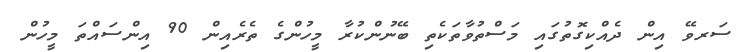
ސަރވޭ އިން ދެއްކިގޮތުގައި މަސްތުވާތަކެތި ބޭނުންކުރާ މީހުންގެ ތެރެއިން 90 އިންސައްތަ މީހުން